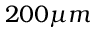
2 0 0 \mu m